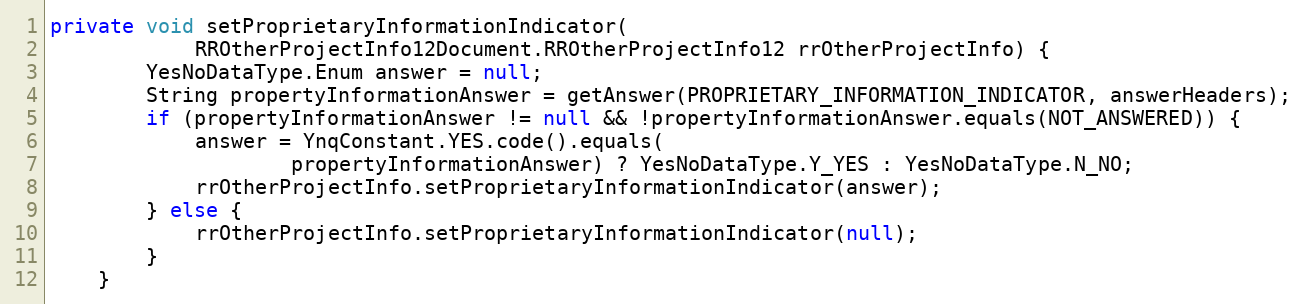
Language: Java
private void setProprietaryInformationIndicator(
			RROtherProjectInfo12Document.RROtherProjectInfo12 rrOtherProjectInfo) {
		YesNoDataType.Enum answer = null;
		String propertyInformationAnswer = getAnswer(PROPRIETARY_INFORMATION_INDICATOR, answerHeaders);
		if (propertyInformationAnswer != null && !propertyInformationAnswer.equals(NOT_ANSWERED)) {
    		answer = YnqConstant.YES.code().equals(
                    propertyInformationAnswer) ? YesNoDataType.Y_YES : YesNoDataType.N_NO;
    		rrOtherProjectInfo.setProprietaryInformationIndicator(answer);
		} else {
		    rrOtherProjectInfo.setProprietaryInformationIndicator(null);
        }
	}